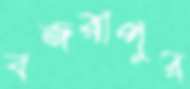
বজরাপুর